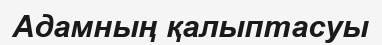
Адамның қалыптасуы